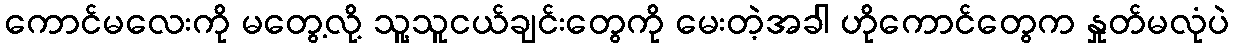
ကောင်မလေးကို မတွေ့လို့ သူ့သူငယ်ချင်းတွေကို မေးတဲ့အခါ ဟိုကောင်တွေက နှုတ်မလုံပဲ